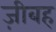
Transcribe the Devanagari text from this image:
ज़ीबह